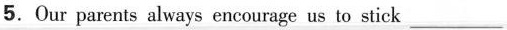
5.Our parents always encourage us to stick ___